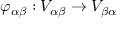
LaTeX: \varphi _ { \alpha \beta } : V _ { \alpha \beta } \to V _ { \beta \alpha }